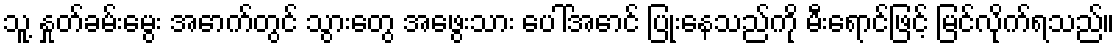
သူ့ နှုတ်ခမ်းမွေး အောက်တွင် သွားတွေ အဖွေးသား ပေါ်အောင် ပြုံးနေသည်ကို မီးရောင်ဖြင့် မြင်လိုက်ရသည်။